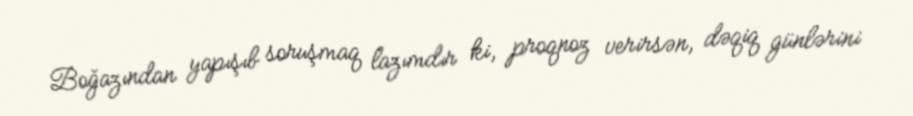
Boğazından yapışıb soruşmaq lazımdır ki, proqnoz verirsən, dəqiq günlərini